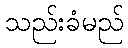
သည်းခံမည်